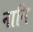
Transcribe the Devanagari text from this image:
नानि